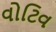
વોટિવ